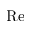
\mathrm { R e }